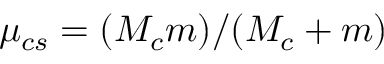
\mu _ { c s } = ( M _ { c } m ) / ( M _ { c } + m )